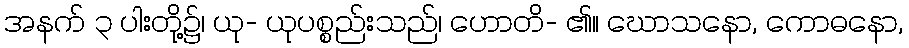
အနက် ၃ ပါးတို့၌၊ ယု- ယုပစ္စည်းသည်၊ ဟောတိ- ၏။ ဃောသနော, ကောဓနော,